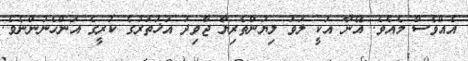
އެއްވެސް މެއެވެ. އޭނާ އަކީ ލަވަ ލިޔުންތެރިޔާ ޖާވިދު އަޚުތަރުގެ ކުރީގެ އަންހެނުންނެވެ.